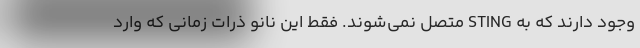
وجود دارند که به STING متصل نمی‌شوند. فقط این نانو ذرات زمانی که وارد